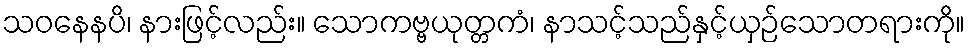
သဝနေနပိ၊ နားဖြင့်လည်း။ သောကဗ္ဗယုတ္တကံ၊ နာသင့်သည်နှင့်ယှဉ်သောတရားကို။